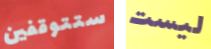
ستتوقفين ليست